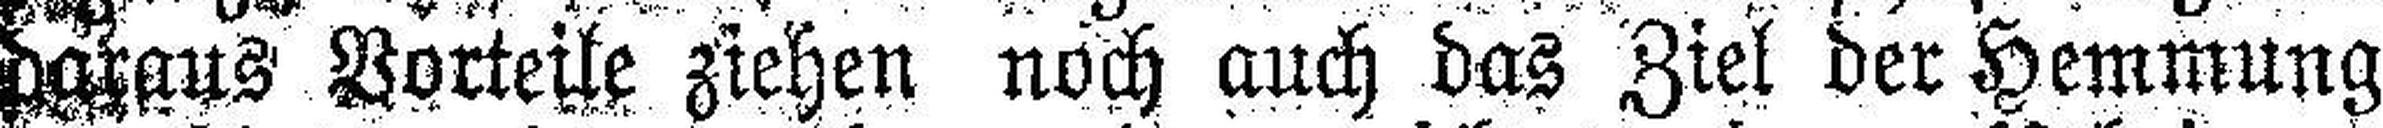
daraus Vorteile ziehen noch auch das Ziel der Hemmung